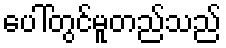
ပေါ်တွင်မူတည်သည်